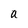
Character: a